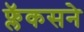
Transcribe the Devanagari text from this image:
फ्लॅकसने